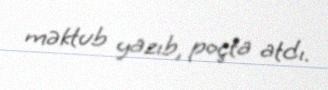
məktub yazıb, poçta atdı.